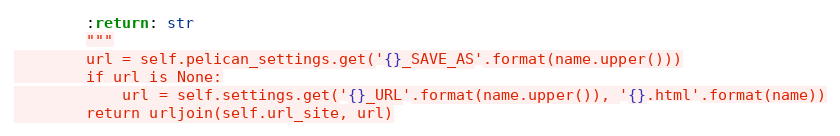
Language: Python
        :return: str
        """
        url = self.pelican_settings.get('{}_SAVE_AS'.format(name.upper()))
        if url is None:
            url = self.settings.get('{}_URL'.format(name.upper()), '{}.html'.format(name))
        return urljoin(self.url_site, url)